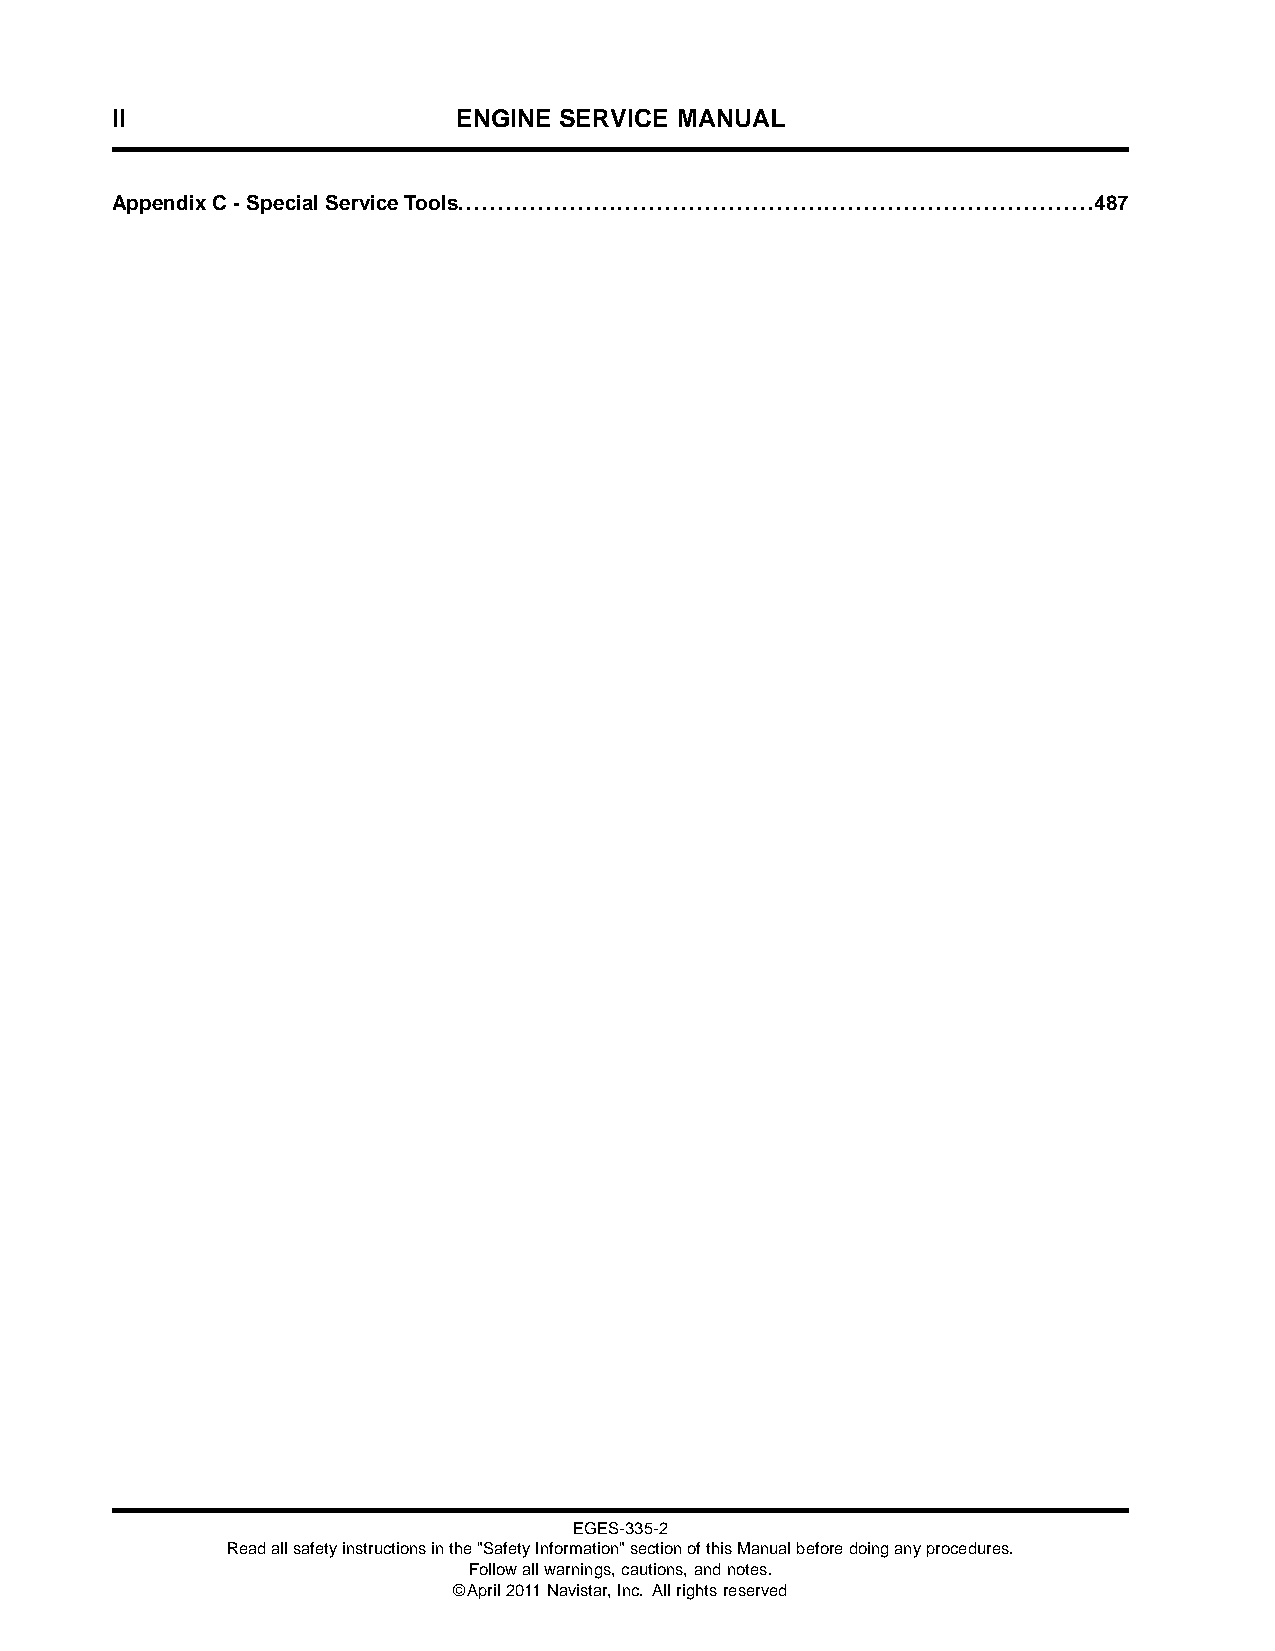
II                     ENGINE SERVICE MANUAL
 AppendixC-SpecialServiceTools................................................................................487
 EGES-335-2
 Readallsafetyinstructionsinthe"SafetyInformation"sectionofthisManualbeforedoinganyprocedures.
 Followallwarnings,cautions,andnotes.
 ©April2011Navistar,Inc. Allrightsreserved